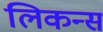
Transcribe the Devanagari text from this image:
लिकन्स